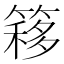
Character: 簃